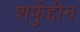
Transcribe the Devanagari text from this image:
शर्फुद्दीन